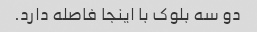
دو سه بلوک با اینجا فاصله دارد.